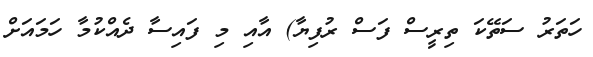
ހަތަރު ސަތޭކަ ތިރީސް ފަސް ރުފިޔާ) އާއި މި ފައިސާ ދެއްކުމާ ހަމައަށް